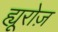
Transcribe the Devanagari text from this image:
ह्यूरोज़